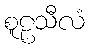
စူဠသီလံ